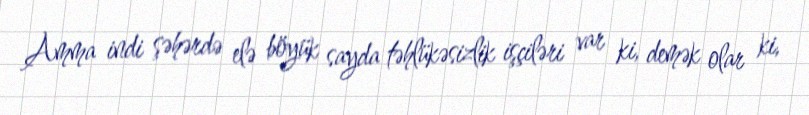
Amma indi şəhərdə elə böyük sayda təhlükəsizlik işçiləri var ki, demək olar ki,